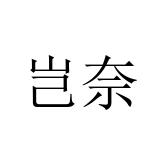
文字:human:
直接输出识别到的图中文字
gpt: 岂奈